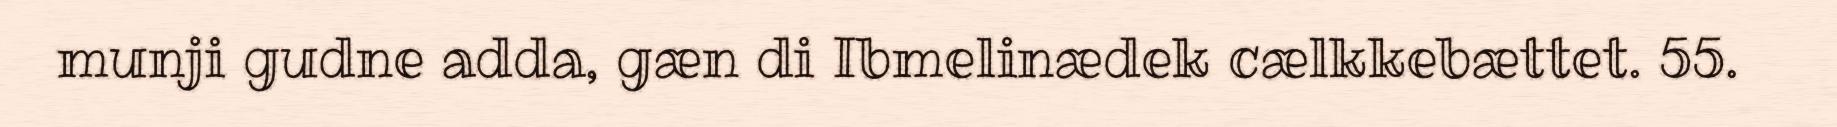
munji gudne adda, gæn di Ibmelinædek cælkkebættet. 55.